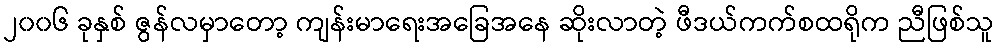
၂၀၀၆ ခုနှစ် ဇွန်လမှာတော့ ကျန်းမာရေးအခြေအနေ ဆိုးလာတဲ့ ဖီဒယ်ကက်စထရိုက ညီဖြစ်သူ